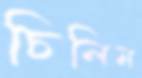
চিলিম